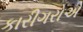
કારીગરોએ